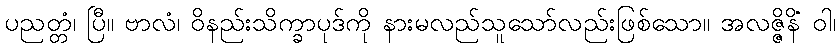
ပညတ္တံ၊ ပြီ။ ဗာလံ၊ ဝိနည်းသိက္ခာပုဒ်ကို နားမလည်သူသော်လည်းဖြစ်သော။ အလဇ္ဇိနိံ ဝါ၊